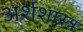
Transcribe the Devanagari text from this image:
अर्शशास्त्र